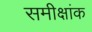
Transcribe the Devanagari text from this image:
समीक्षांक